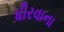
ધીરવાના